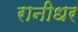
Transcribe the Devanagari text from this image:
रानीधर